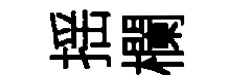
揺欄